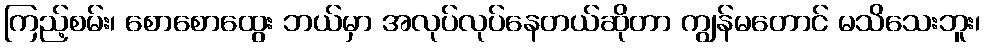
ကြည့်စမ်း၊ စောစောထွေး ဘယ်မှာ အလုပ်လုပ်နေတယ်ဆိုတာ ကျွန်မတောင် မသိသေးဘူး၊